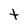
Character: t